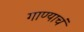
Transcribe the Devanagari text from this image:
गाण्याचं